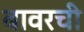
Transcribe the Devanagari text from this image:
बावरची